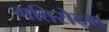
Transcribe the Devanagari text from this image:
गतिरोद्ग